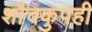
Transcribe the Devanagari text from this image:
शौचकुपही